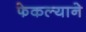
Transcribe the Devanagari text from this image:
फेकल्याने